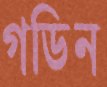
গডিন